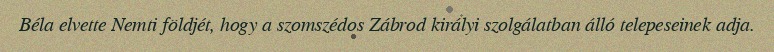
Béla elvette Nemti földjét, hogy a szomszédos Zábrod királyi szolgálatban álló telepeseinek adja.